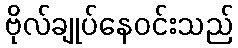
ဗိုလ်ချုပ်နေဝင်းသည်